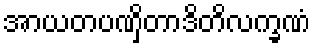
အာယတပဏှိတာဒိတိလက္ခဏံ